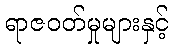
ရာဇဝတ်မှုများနှင့်